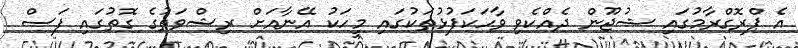
އެ ޕްރޮގްރާމުގައި ޝުޖޫން ދެއްކެވި ވާހަކަފުޅުތަކުގައި މީހަކު އޭނާއަށް ރިޝްވަތުގެ ގޮތުގައި ފަސް